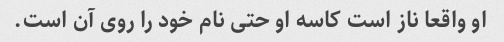
او واقعا ناز است کاسه او حتی نام خود را روی آن است.